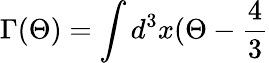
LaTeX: \Gamma(\Theta)=\int d^{3}x(\Theta-\frac{4}{3}